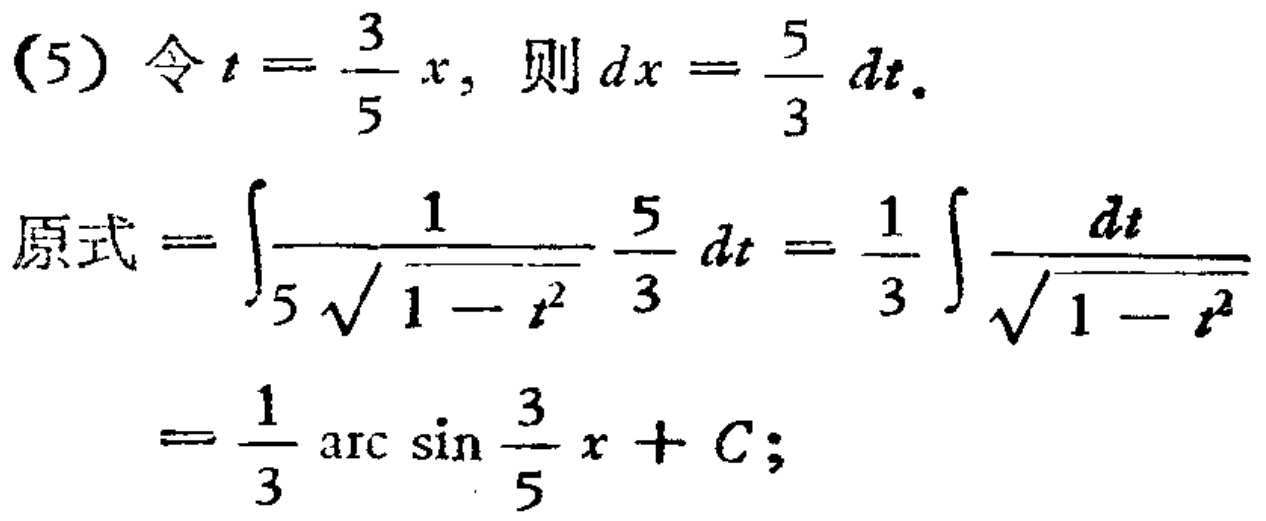
(5) 令 \(t = \frac{3}{5}x\)，则 \(dx=\frac{5}{3}dt\).
原式\(=\int\frac{1}{5\sqrt{1 - t^{2}}}\frac{5}{3}dt=\frac{1}{3}\int\frac{dt}{\sqrt{1 - t^{2}}}\)
\(=\frac{1}{3}\arcsin\frac{3}{5}x + C\);